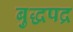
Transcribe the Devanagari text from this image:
बुद्धपद्र